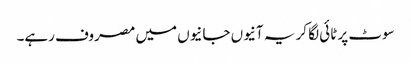
سوٹ پر ٹائی لگا کر یہ آنیوں جانیوں میں مصروف رہے۔